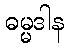
ဓမ္မဒါန